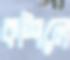
কশিলে